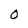
Character: O